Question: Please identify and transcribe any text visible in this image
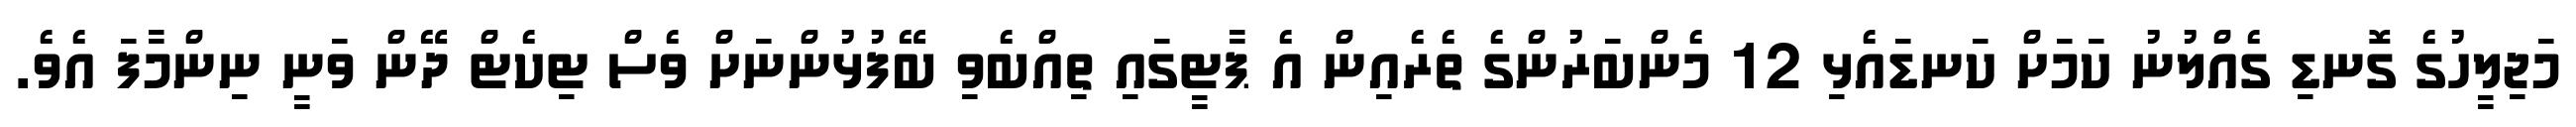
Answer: މަޖިލީހުގެ ގޮނޑި ގެއްލުނު ކަމަށް ކަނޑައެޅި 12 މެންބަރުންގެ ތެރެއިން އެ ޕާޓީގައި ތިއްބެވި ބޭފުޅުންނަށް ވެސް ޓިކެޓް ދޭން ވަނީ ނިންމާފަ އެވެ.